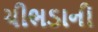
ચીભડાની